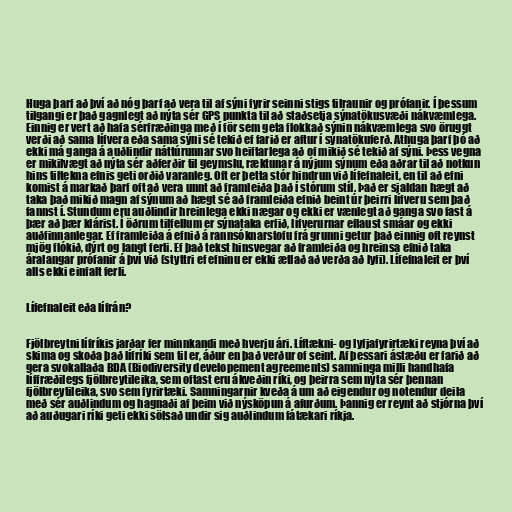
Huga þarf að því að nóg þarf að vera til af sýni fyrir seinni stigs tilraunir og prófanir. Í þessum
tilgangi er það gagnlegt að nýta sér GPS punkta til að staðsetja sýnatökusvæði nákvæmlega.
Einnig er vert að hafa sérfræðinga með í för sem geta flokkað sýnin nákvæmlega svo öruggt
verði að sama lífvera eða sama sýni sé tekið ef farið er aftur í sýnatökuferð. Athuga þarf þó að
ekki má ganga á auðlindir náttúrunnar svo heiftarlega að of mikið sé tekið af sýni. Þess vegna
er mikilvægt að nýta sér aðferðir til geymslu, ræktunar á nýjum sýnum eða aðrar til að notkun
hins tiltekna efnis geti orðið varanleg. Oft er þetta stór hindrun við lífefnaleit, en til að efni
komist á markað þarf oft að vera unnt að framleiða það í stórum stíl. Það er sjaldan hægt að
taka það mikið magn af sýnum að hægt sé að framleiða efnið beint úr þeirri lífveru sem það
fannst í. Stundum eru auðlindir hreinlega ekki nægar og ekki er vænlegt að ganga svo fast á
þær að þær klárist. Í öðrum tilfellum er sýnataka erfið, lífverurnar eflaust smáar og ekki
auðfinnanlegar. Ef framleiða á efnið á rannsóknarstofu frá grunni getur það einnig oft reynst
mjög flókið, dýrt og langt ferli. Ef það tekst hinsvegar að framleiða og hreinsa efnið taka
áralangar prófanir á því við (styttri ef efninu er ekki ætlað að verða að lyfi). Lífefnaleit er því
alls ekki einfalt ferli.

Lífefnaleit eða lífrán?

Fjölbreytni lífríkis jarðar fer minnkandi með hverju ári. Líftækni- og lyfjafyrirtæki reyna því að
skima og skoða það lífríki sem til er, áður en það verður of seint. Af þessari ástæðu er farið að
gera svokallaða BDA (Biodiversity developement agreements) samninga milli handhafa
líffræðilegs fjölbreytileika, sem oftast eru ákveðin ríki, og þeirra sem nýta sér þennan
fjölbreytileika, svo sem fyrirtæki. Samningarnir kveða á um að eigendur og notendur deila
með sér auðlindum og hagnaði af þeim við nýsköpun á afurðum. Þannig er reynt að stjórna því
að auðugari ríki geti ekki sölsað undir sig auðlindum fátækari ríkja.